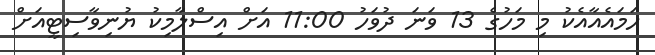
ހަމައެއާއެކު މި މަހުގެ 13 ވަނަ ދުވަހު 11:00 އަށް އިސްލާމިކު ޔުނިވާސިޓީއަށް